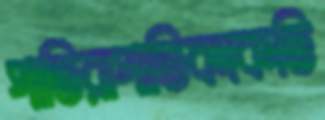
পাতিরাপাতিকাকতি